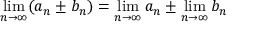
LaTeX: \operatorname* { l i m } _ { n \to \infty } ( a _ { n } \pm b _ { n } ) = \operatorname* { l i m } _ { n \to \infty } a _ { n } \pm \operatorname* { l i m } _ { n \to \infty } b _ { n }